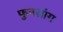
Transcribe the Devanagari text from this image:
फुनसांग